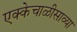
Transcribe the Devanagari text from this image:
एक्केचाळीसाव्या